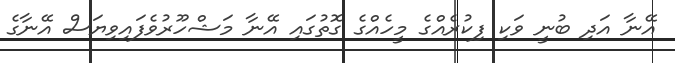
އޭނާ އަދި ބުނީ ވަކި ފިކުރެެއްގެ މީހެއްގެ ގޮތުގައި އޭނާ މަޝްހޫރުވެފައިވިޔަސް އޭނާގެ